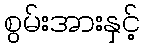
စွမ်းအားနှင့်